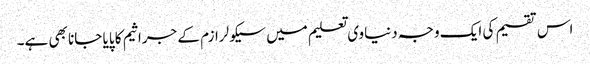
اس تقسیم کی ایک وجہ دنیاوی تعلیم میں سیکولرازم کے جراثیم کا پایا جانا بھی ہے۔